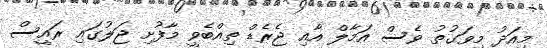
މިއަދު މިވަގުތު ވެސް އަމާލް އާއި ޖެރެޑް ތިއްބެވީ މާފުށި ޖަލުގައި ރައީސް